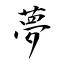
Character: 夢